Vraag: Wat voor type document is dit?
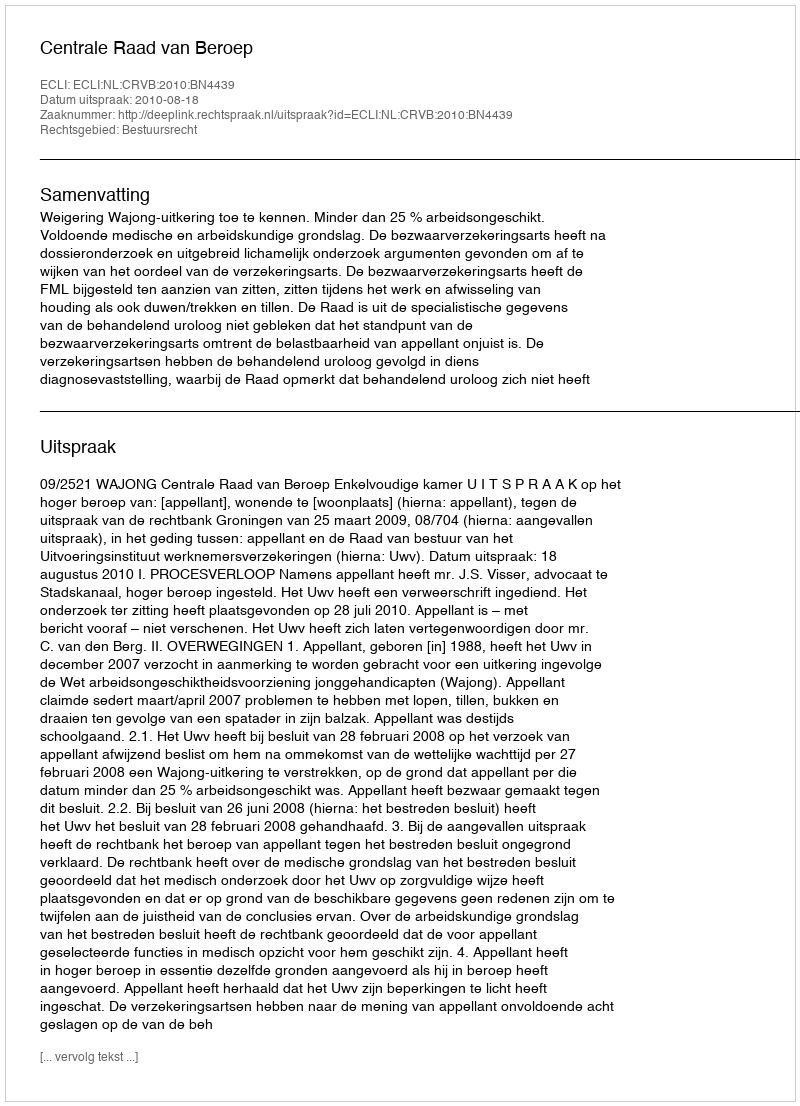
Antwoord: Uitspraak